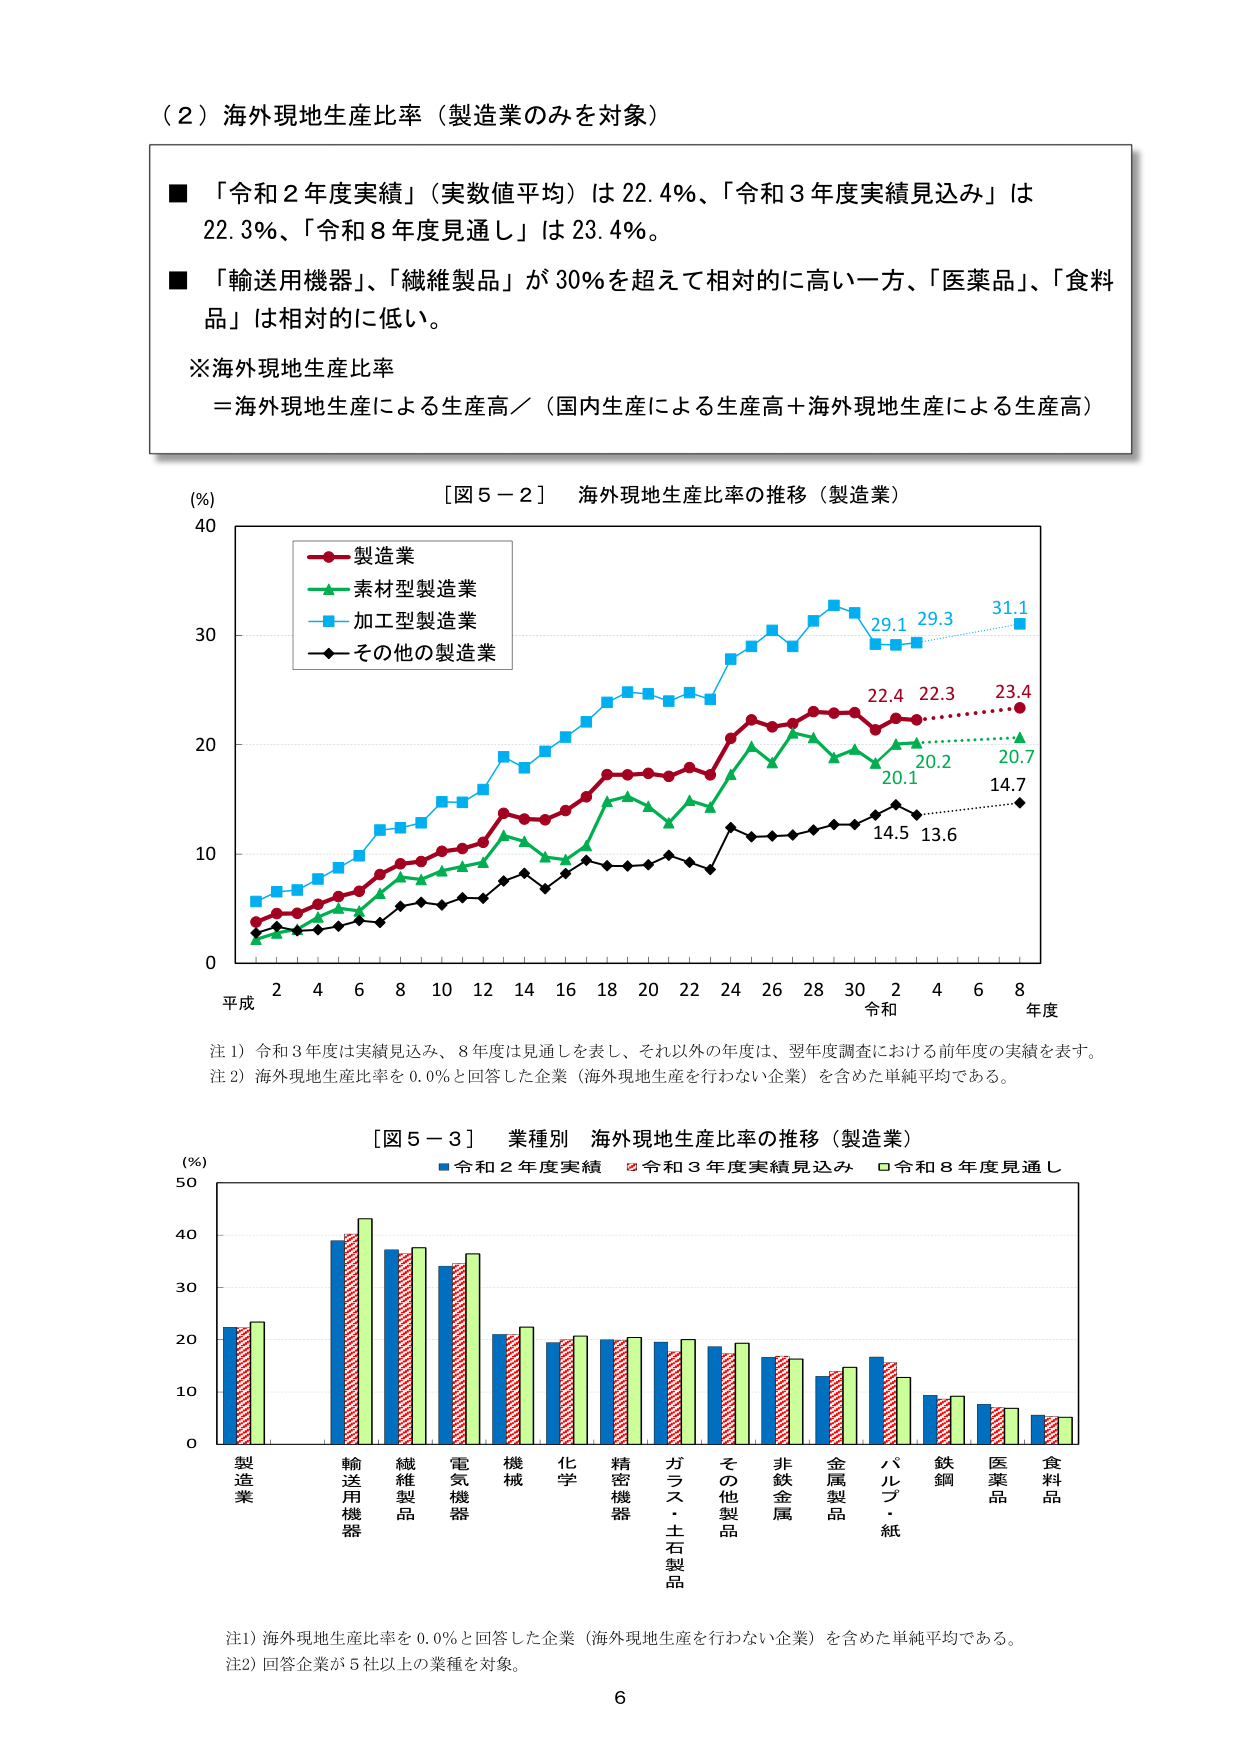
（２）海外現地生産比率（製造業のみを対象）

■ 「令和２年度実績」（実数値平均）は22.4％、「令和３年度実績見込み」は22.3％、「令和８年度見通し」は23.4％。

■ 「輸送用機器」、「繊維製品」が30％を超えて相対的に高い一方、「医薬品」、「食料品」は相対的に低い。

※海外現地生産比率
＝海外現地生産による生産高／（国内生産による生産高＋海外現地生産による生産高）

［図５－２］ 海外現地生産比率の推移（製造業）

（％）
40
30
20
10
0

平成 2 4 6 8 10 12 14 16 18 20 22 24 26 28 30 2 4 6 8
令和 年度

■ 製造業
■ 素材型製造業
■ 加工型製造業
■ その他の製造業

29.1 29.3 31.1
22.4 22.3 23.4
20.1 20.2 20.7
14.5 13.6 14.7

注１）令和３年度は実績見込み、８年度は見通しを表し、それ以外の年度は、翌年度調査における前年度の実績を表す。
注２）海外現地生産比率を0.0％と回答した企業（海外現地生産を行わない企業）を含めた単純平均である。

［図５－３］ 業種別 海外現地生産比率の推移（製造業）

（％）
50
40
30
20
10
0

■ 令和２年度実績 ■ 令和３年度実績見込み ■ 令和８年度見通し

製造業
輸送用機器
繊維製品
電気機器
機械
化学
精密機器
ガラス・土石製品
その他製品
非鉄金属
金属製品
パルプ・紙
鉄鋼
医薬品
食料品

注１）海外現地生産比率を0.0％と回答した企業（海外現地生産を行わない企業）を含めた単純平均である。
注２）回答企業が5社以上の業種を対象。

6